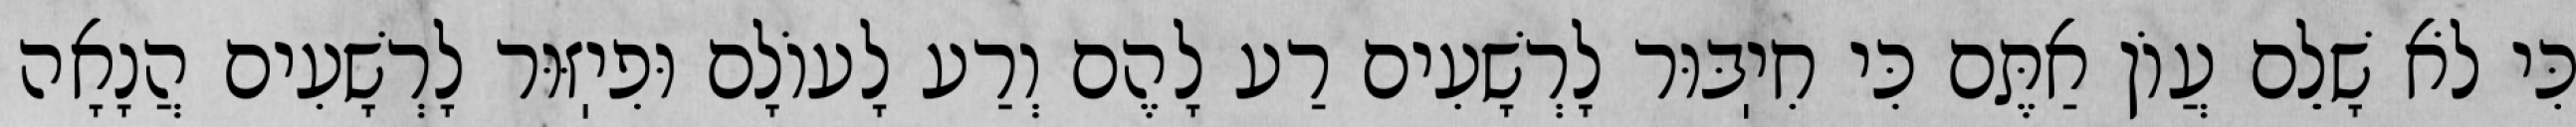
כִּי לֹא שָׁלֵם עֲוֹן אַתֶּם כִּי חִיֽבּוּר לָרְשָׁעִים רַע לָהֶם וְרַע לָעוֹלָם וּפִיֽזּוּר לָרְשָׁעִים הֲנָאָה